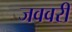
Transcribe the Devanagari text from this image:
जववरी